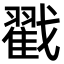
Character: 戳